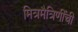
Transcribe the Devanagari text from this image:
मित्रमैत्रिणींची